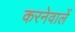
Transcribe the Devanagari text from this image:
करनेवालें